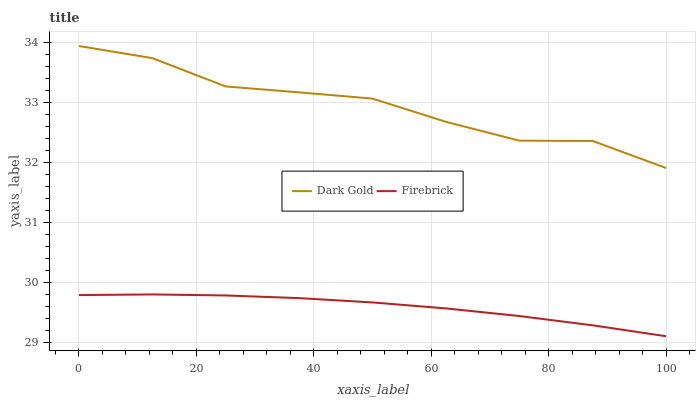
| xaxis_label | Dark Gold | Firebrick |
 | --- | --- | --- |
 | 0 | 33.9 | 29.8 |
 | 12.5 | 33.7 | 29.8 |
 | 25 | 33.3 | 29.8 |
 | 37.5 | 33.2 | 29.7 |
 | 50 | 33.1 | 29.7 |
 | 62.5 | 32.7 | 29.6 |
 | 75 | 32.4 | 29.4 |
 | 87.5 | 32.4 | 29.3 |
 | 100 | 31.9 | 29.1 |